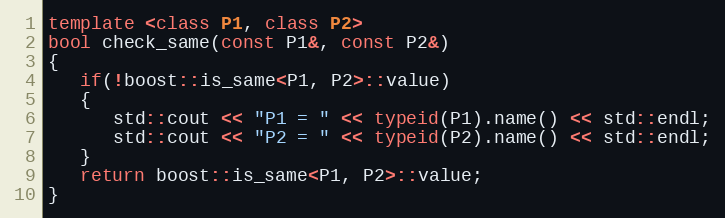
Language: C++
template <class P1, class P2>
bool check_same(const P1&, const P2&)
{
   if(!boost::is_same<P1, P2>::value)
   {
      std::cout << "P1 = " << typeid(P1).name() << std::endl;
      std::cout << "P2 = " << typeid(P2).name() << std::endl;
   }
   return boost::is_same<P1, P2>::value;
}